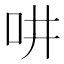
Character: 𠯤